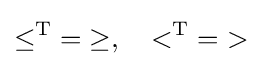
{\leq ^{\operatorname {T} }}={\geq },\quad {<^{\operatorname {T} }}={>}